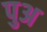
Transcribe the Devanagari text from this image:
पुअ